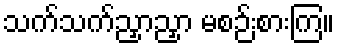
သက်သက်ညှာညှာ မစဉ်းစားကြ။